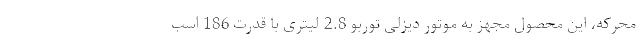
محرکه، این محصول مجهز به موتور دیزلی توربو 2.8 لیتری با قدرت 186 اسب